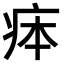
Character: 𤵳